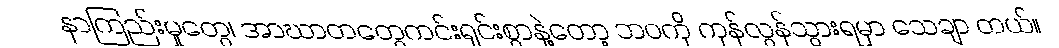
နာကြည်းမှုတွေ၊ အာဃာတတွေကင်းရှင်းစွာနဲ့တော့ ဘဝကို ကုန်လွန်သွားရမှာ သေချာ တယ်။